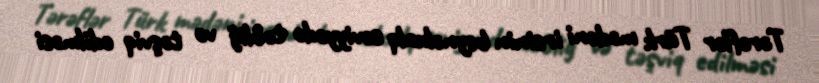
Tərəflər Türk mədəni irsinin beynəlxalq səviyyədə təbliğ və təşviq edilməsi